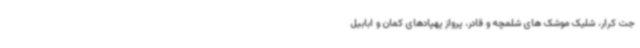
جت کرار، شلیک موشک های شلمچه و قادر، پرواز پهپادهای کمان و ابابیل